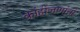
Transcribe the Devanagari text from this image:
कांहींजणांनी